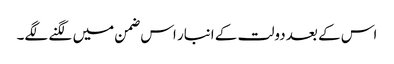
اس کے بعد دولت کے انبار اس ضمن میں لگنے لگے۔